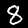
Label: 8